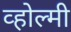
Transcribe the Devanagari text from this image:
व्होल्मी